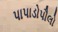
પાપાડોપૌલો